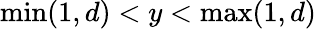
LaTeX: \operatorname*{min}(1,d)<y<\operatorname*{max}(1,d)